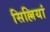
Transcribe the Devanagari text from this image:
सिल्लियां